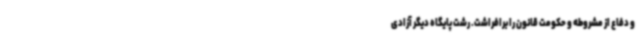
و دفاع از مشروطه و حکومت قانون را برافراشت. رشت پایگاه دیگر آزادی